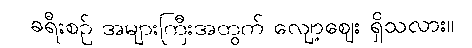
ခရီးစဉ် အများကြီးအတွက် လျော့ဈေး ရှိသလား။